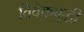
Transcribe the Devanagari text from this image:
विवेकबुद्धी